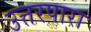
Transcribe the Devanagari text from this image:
उत्तरपारा